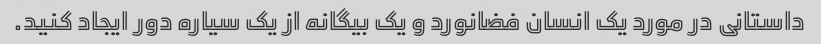
داستانی در مورد یک انسان فضانورد و یک بیگانه از یک سیاره دور ایجاد کنید.